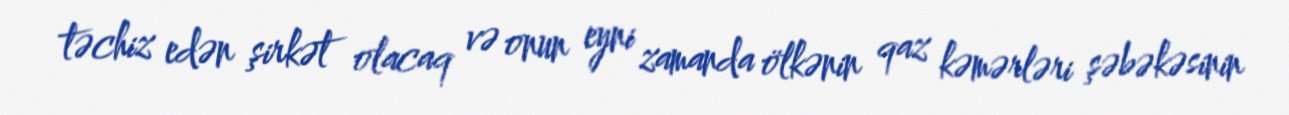
təchiz edən şirkət olacaq və onun eyni zamanda ölkənin qaz kəmərləri şəbəkəsinin